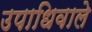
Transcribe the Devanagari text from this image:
उपाधिवाले